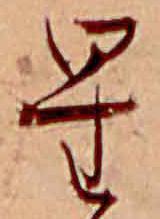
星